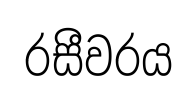
රසීවරය